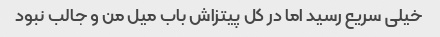
خیلی سریع رسید اما در کل پیتزاش باب میل من و جالب نبود